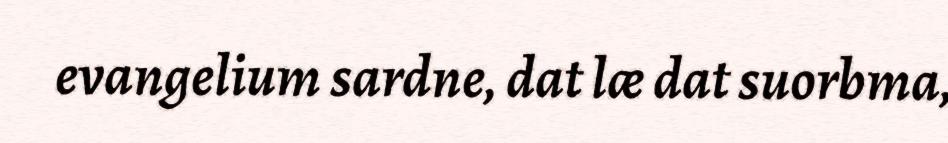
evangelium sardne, dat læ dat suorbma,